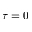
\tau = 0